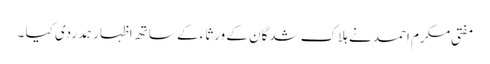
مفتی مکرم احمد نے ہلاک شدگان کے ورثاء کے ساتھ اظہار ہمدردی کیا ۔